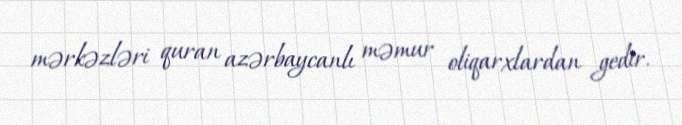
mərkəzləri quran azərbaycanlı məmur oliqarxlardan gedir.